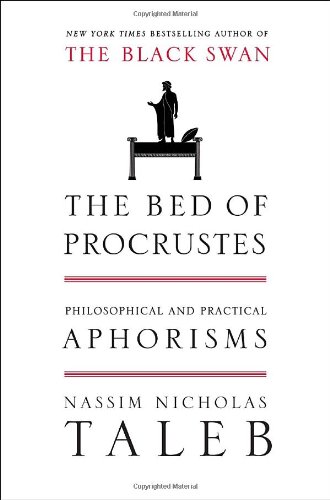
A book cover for The Bed of Procrustes: Philosophical and Practical Aphorisms (Incerto); Nassim Nicholas Taleb; Reference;